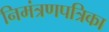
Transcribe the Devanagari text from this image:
निमंत्रणपत्रिका